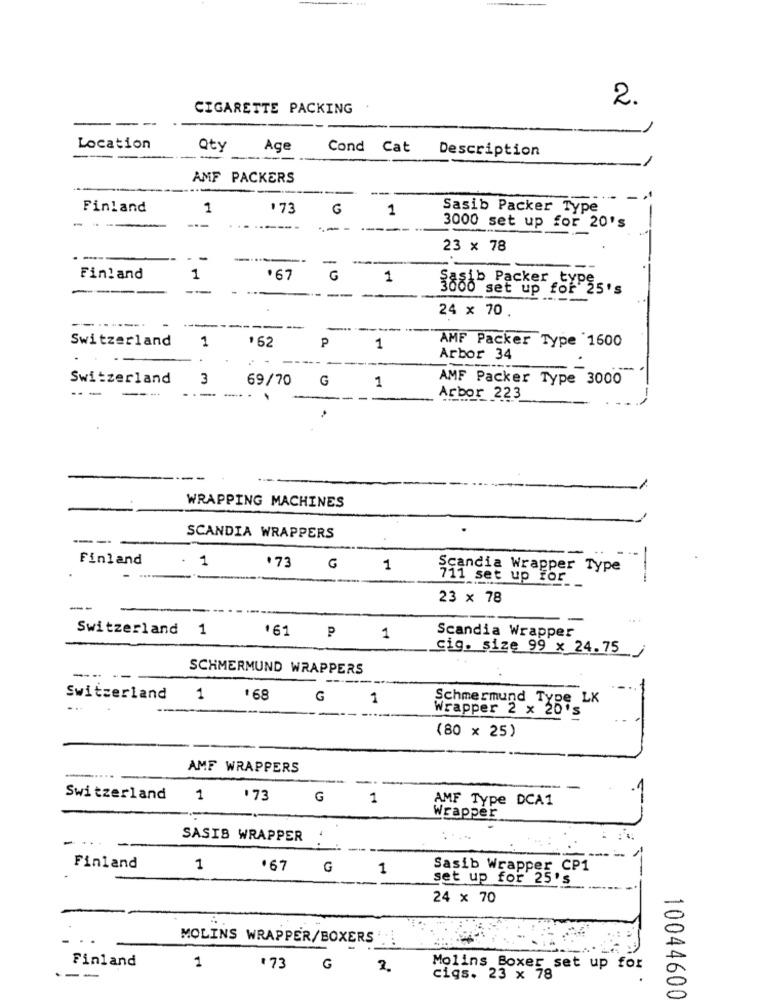
2.
CIGARETTE PACKING
--
Location
Qty
Age
Cond Cat Description
----
--
--
AMF PACKERS
-
Finland
1
'73
G
1
Sasib Packer Type
----
---- -
3000 set up for 20's
23 × 78
---
-
-
-
--
Finland
1
.67
G
1
----
--
5000 set up for 25's
type
----
24 x 70
---
-
--
Switzerland
1
$62
P
AMF Packer Type 1600
1
.
Arbor 34
Switzerland
3
69/70
G
AMF Packer Type 3000
-- -
---
-...
1
Arbor 223
WRAPPING MACHINES
----
SCANDIA WRAPPERS
Finland
1
.73
G
1
Scandia Wrapper Type
711 set up for
23 × 78
--
Switzerland 1
.61
P
1
Scandia Wrapper
cig. size 99 x 24.75 /
SCHMERMUND WRAPPERS
--..
---
Switzerland
1
:68
G
Schmermund Type LX
Wrapper 2 x 20's
1
(80 × 25)
AMF WRAPPERS
s
-
Switzerland
1
73
G
1
AMF Type DCA1
Wrapper
7.
SASIB WRAPPER
-
Finland
1
.67
G
1
Sasib Wrapper CP1
set up for 25's
24 x 70
MOLINS WRAPPER/BOXERS
Finland
1
173
G
Molins Boxer set up for
---
cigs. 23 x 78
10044600